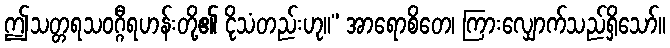
ဤသတ္တရသဝဂ္ဂီရဟန်းတို့၏ ငိုသံတည်းဟု။” အာရောစိတေ၊ ကြားလျှောက်သည်ရှိသော်။